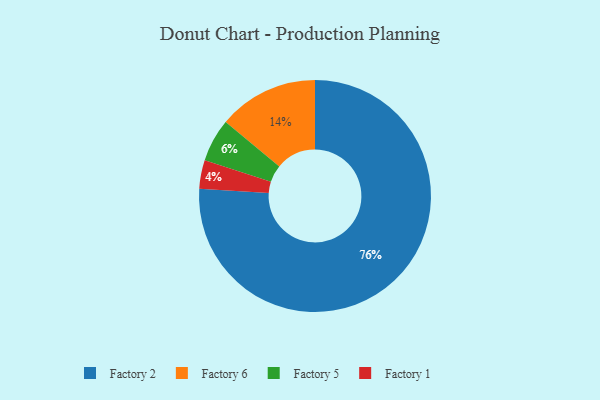
{"axis": {"x": "Category", "y": "Percentage"}, "legend": ["Factory 1", "Factory 2", "Factory 5", "Factory 6"], "data": [{"x": "Factory 2", "y": 76, "type": "Factory 2"}, {"x": "Factory 1", "y": 4, "type": "Factory 1"}, {"x": "Factory 5", "y": 6, "type": "Factory 5"}, {"x": "Factory 6", "y": 14, "type": "Factory 6"}]}